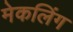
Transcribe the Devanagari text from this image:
मेकलिंग